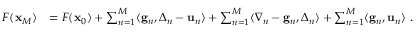
\begin{array} { r l } { F ( { \mathbf x } _ { M } ) } & { = F ( { \mathbf x } _ { 0 } ) + \sum _ { n = 1 } ^ { M } \langle \mathbf { g } _ { n } , { \boldsymbol \Delta } _ { n } - \mathbf { u } _ { n } \rangle + \sum _ { n = 1 } ^ { M } \langle { \boldsymbol \nabla } _ { n } - \mathbf { g } _ { n } , { \boldsymbol \Delta } _ { n } \rangle + \sum _ { n = 1 } ^ { M } \langle \mathbf { g } _ { n } , \mathbf { u } _ { n } \rangle ~ . } \end{array}